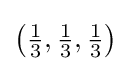
{\bigl (}{\tfrac {1}{3}},{\tfrac {1}{3}},{\tfrac {1}{3}}{\bigr )}